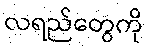
လရည်တွေကို